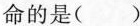
命的是( )